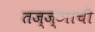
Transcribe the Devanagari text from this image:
तज्ज्ञाची